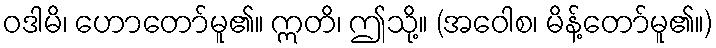
ဝဒါမိ၊ ဟောတော်မူ၏။ ဣတိ၊ ဤသို့။ (အဝေါစ၊ မိန့်တော်မူ၏။)